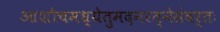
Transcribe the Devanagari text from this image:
आशौचमध्येतुमदनरत्नेसंवर्तः